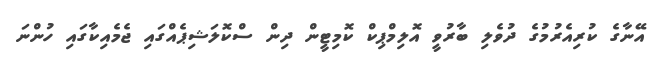
އޭނާގެ ކުރިއެރުމުގެ ދުވެލި ބާރުވީ އޮލިމްޕިކް ކޮމިޓީން ދިން ސްކޮލަޝިޕެއްގައި ޖެމެއިކާގައި ހުންނަ